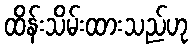
ထိန်းသိမ်းထားသည်ဟု